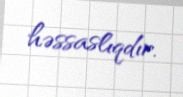
həssaslıqdır.